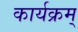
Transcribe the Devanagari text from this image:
कार्यक्रम्